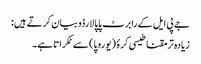
جے پی ایل کے رابرٹ پاپالارڈو بیان کرتے ہیں:
زیادہ تر مقناطیسی کرۂ (یوروپا) سے ٹکراتا ہے۔